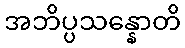
အဘိပ္ပသန္နောတိ